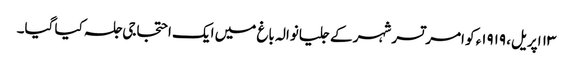
١٣ اپریل، ١٩١٩ء کو امرتسر شہر کے جلیانوالہ باغ میں ایک احتجاجی جلسہ کیا گیا۔